Scottish Leaving Certificate Examination, 1960
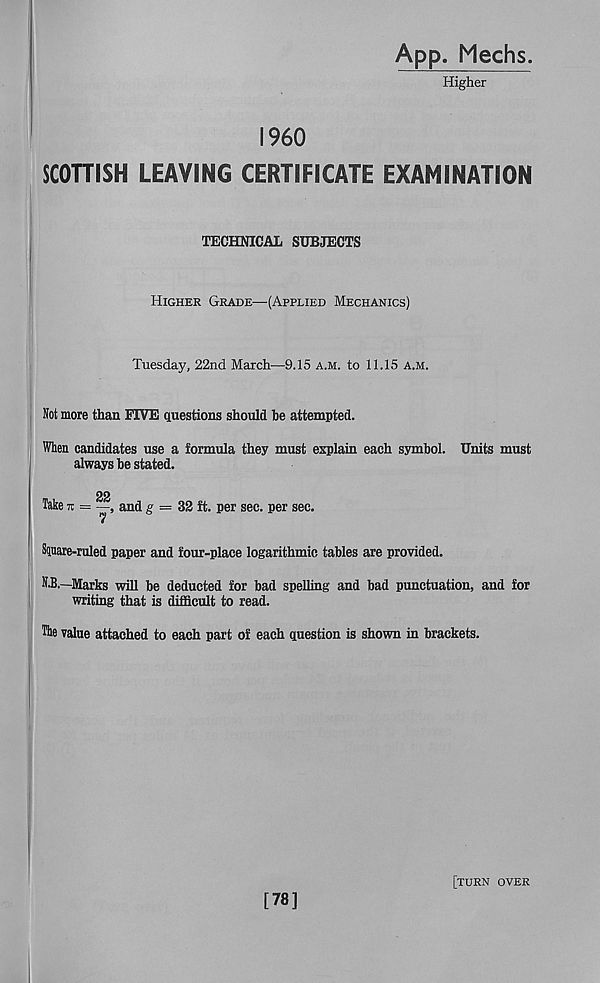
App. Mechs.
Higher
I960
SCOTTISH LEAVING CERTIFICATE EXAMINATION
TECHNICAL SUBJECTS
Higher Grade—(Applied Mechanics)
Tuesday, 22nd March—9.15 a.m. to 11.15 a.m.
Not more than FIVE questions should be attempted.
When candidates use a formula they must explain each symbol. Units must
always be stated.
22
Take 7t = —, and g = 32 ft. per sec. per sec.
Siuare-ruled paper and four-place logarithmic tables are provided.
N.B.—Marks will be deducted for bad spelling and bad punctuation, and for
writing that is difficult to read.
He value attached to each part of each question is shown in brackets.
[78]
[turn over